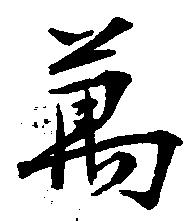
万